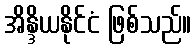
အိန္ဒိယနိုင်ငံ ဖြစ်သည်။